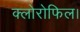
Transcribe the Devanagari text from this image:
क्लोरोफिल।